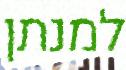
למנתן